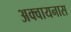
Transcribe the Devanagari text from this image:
अक्वायनास